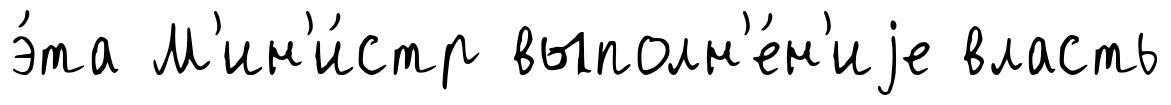
э́та М'ин'и́стр выполн'е́н'иjе власть